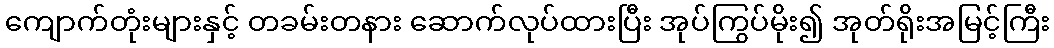
ကျောက်တုံးများနှင့် တခမ်းတနား ဆောက်လုပ်ထားပြီး အုပ်ကြွပ်မိုး၍ အုတ်ရိုးအမြင့်ကြီး